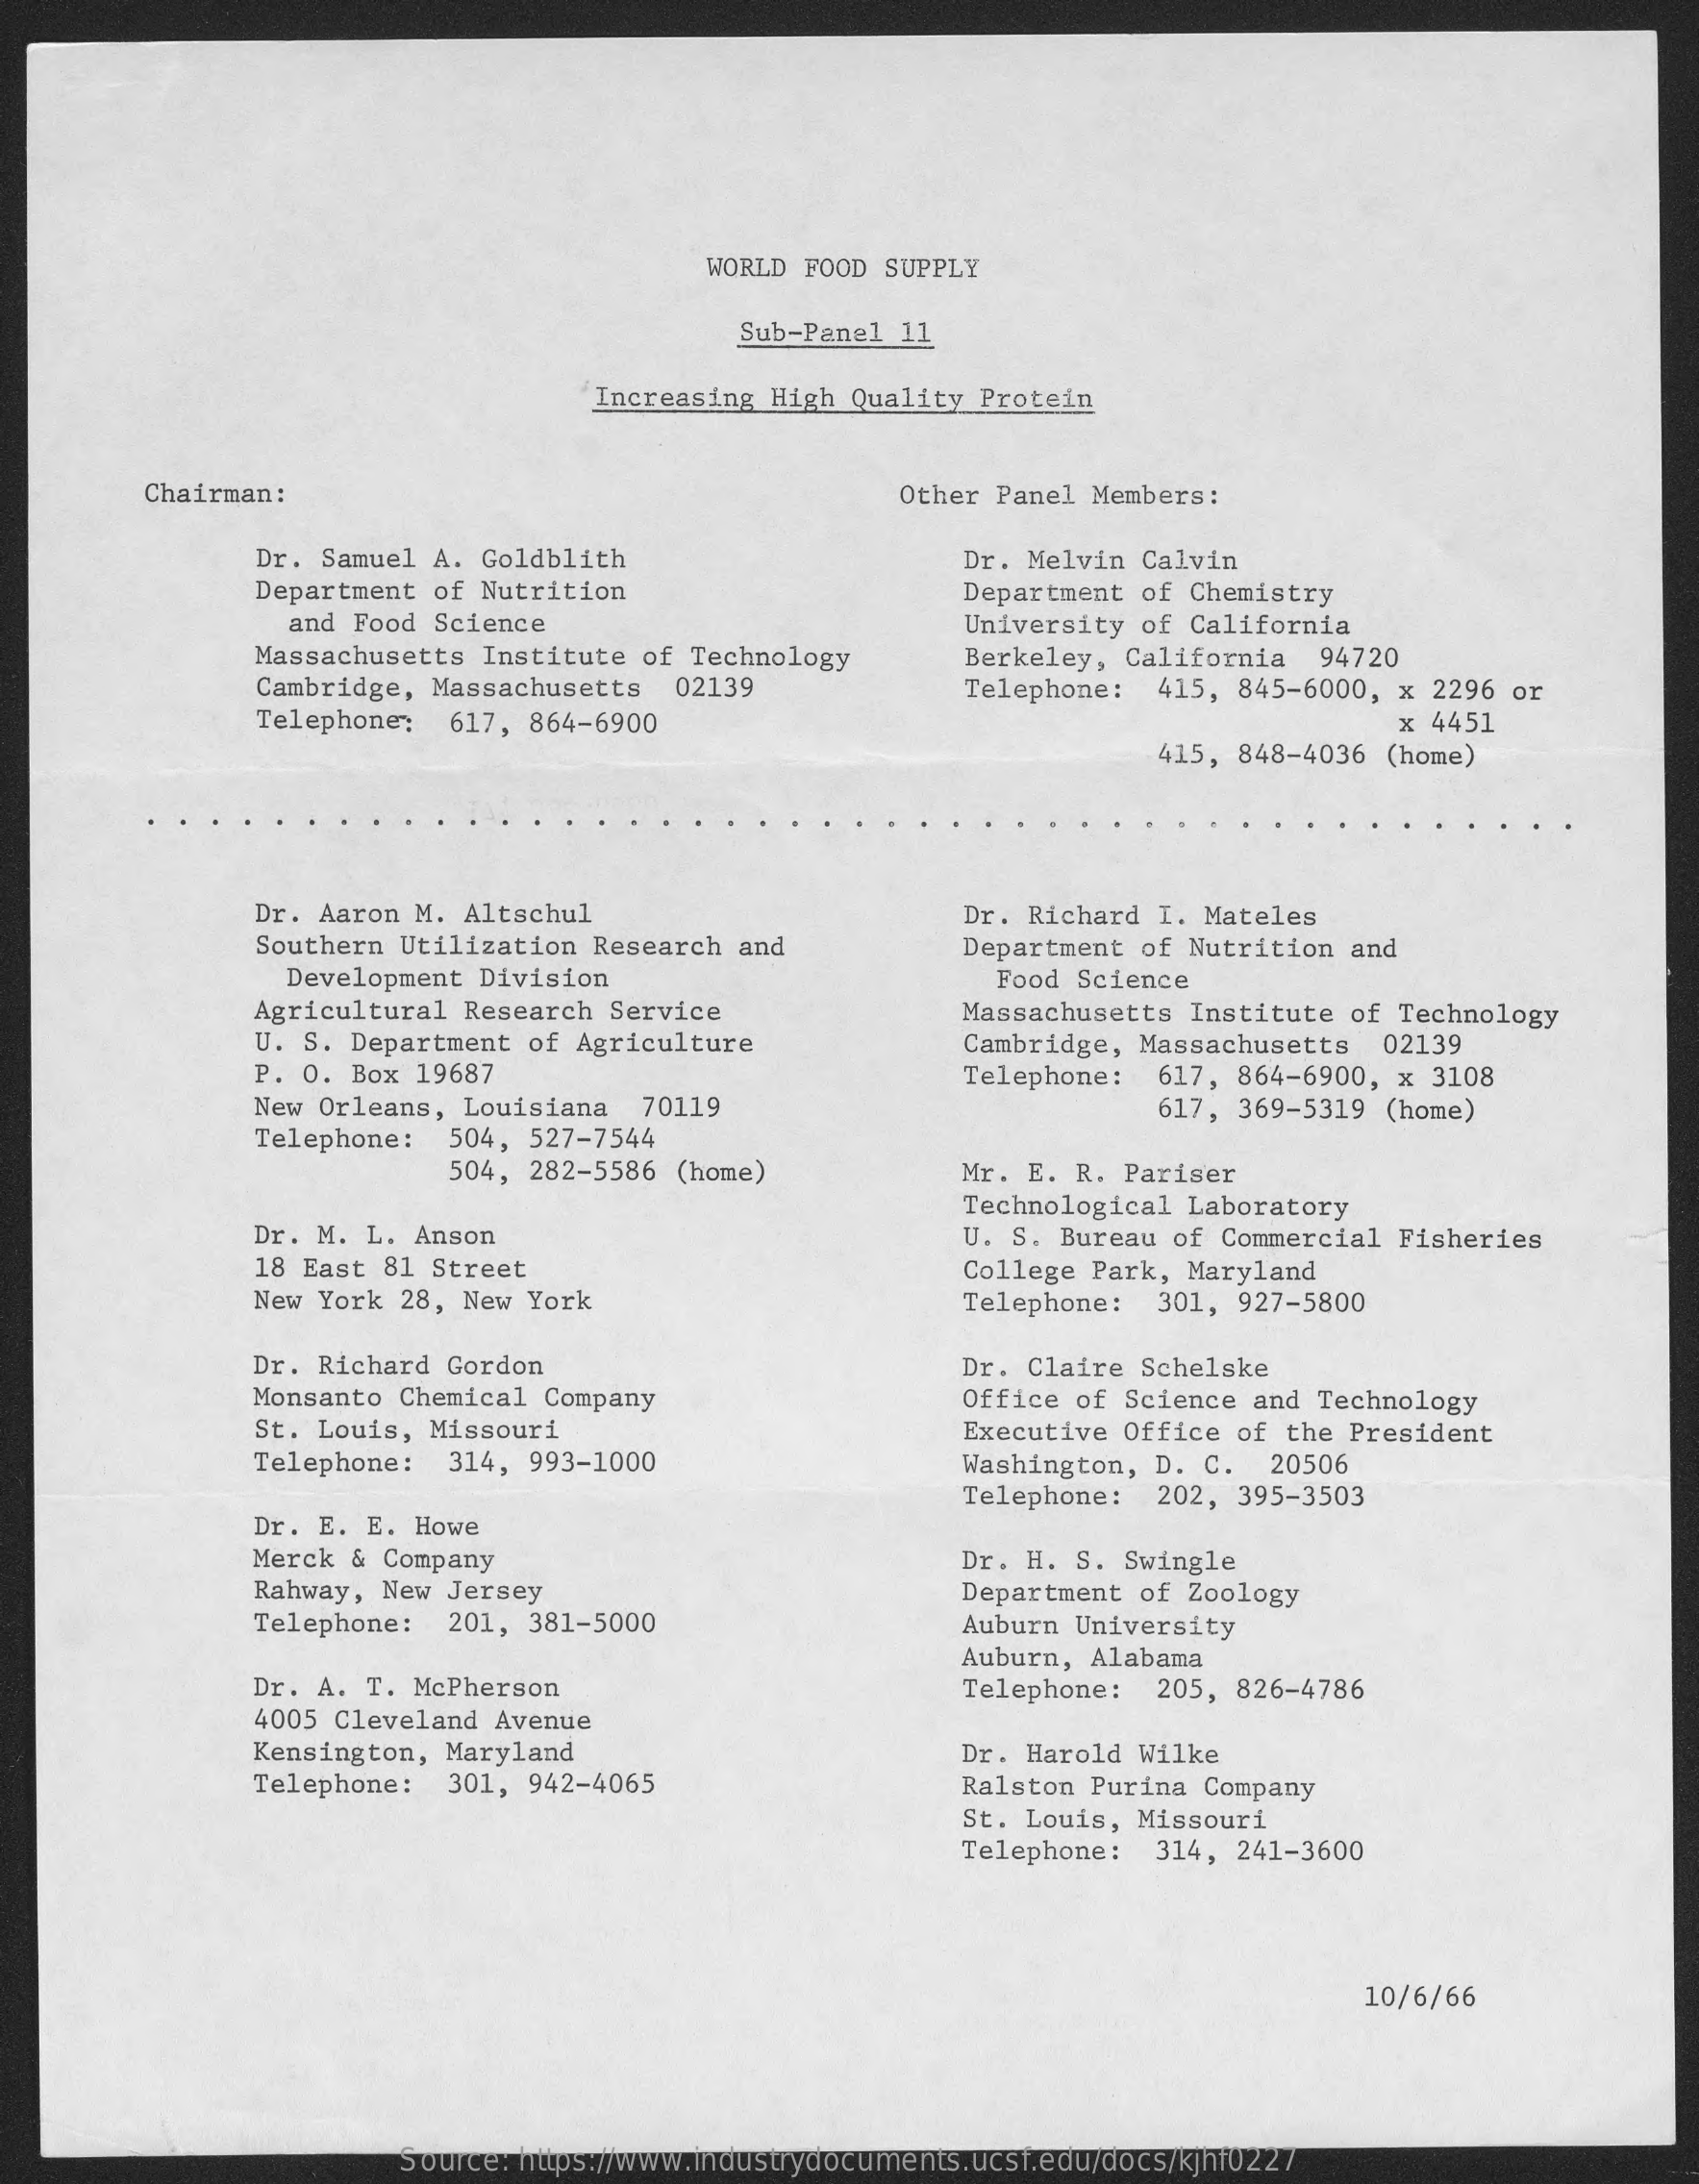
WORLD FOOD SUPPLY
     Sub-Panel 11
     Increasing  High Quality  Protein
     Chairman:    Other Panel  Members:
     Dr. Samuel A.  Goldblith    Dr. Melvin Calvin
     Department of Nutrition
     and Food  Science
     Department of Chemistry
     University of California
     Massachusetts  Institute of Technology
     Cambridge, Massachusetts
     Berkeley, California   94720
     02139    415, 845-6000,  x 2296  or
     Telephone:
     Telephone:
     617, 864-6900    x 4451
     415, 848-4036  (home)
     Dr. Aaron M. Altschul
     Southern Utilization  Research  and
     Dr. Richard I. Mateles
     Department of Nutrition  and
     Development  Division
     Agricultural Research  Service
     Food Science
     U. S. Department  of Agriculture
     Massachusetts Institute  of Technology
     P. O. Box 19687
     Cambridge, Massachusetts   02139
     Telephone:  617, 864-6900,  x 3108
     New Orleans, Louisiana   70119
     Telephone:   504, 527-7544
     617, 369-5319 (home)
     504, 282-5586 (home)    Mr. E. R. Pariser
     Dr. M. L. Anson
     Technological Laboratory
     U. S. Bureau of Commercial  Fisheries
     18 East 81 Street
     New York  28, New York
     College Park, Maryland
     Telephone:  301,  927-5800
     Dr. Richard Gordon
     Monsanto Chemical  Company
     Dr. Claire Schelske
     Office of Science and  Technology
     St. Louis, Missouri
     Telephone:   314, 993-1000
     Executive Office of  the President
     Washington, D. C.   20506
     Telephone:  202,  395-3503
     Dr. E. E. Howe
     Merck & Company    Dr. H. S. Swingle
     Rahway, New Jersey
     Telephone:   201, 381-5000
     Department of Zoology
     Auburn University
     Dr. A. T. McPherson
     Auburn, Alabama
     4005 Cleveland  Avenue
     Telephone:  205, 826-4786
     Kensington, Maryland
     Telephone:   301, 942-4065
     Dr. Harold  Wilke
     Ralston Purina Company
     St. Louis, Missouri
     Telephone:  314,  241-3600
     10/6/66
     Source: https://www.industrydocuments.ucsf.edu/docs/kjhf0227